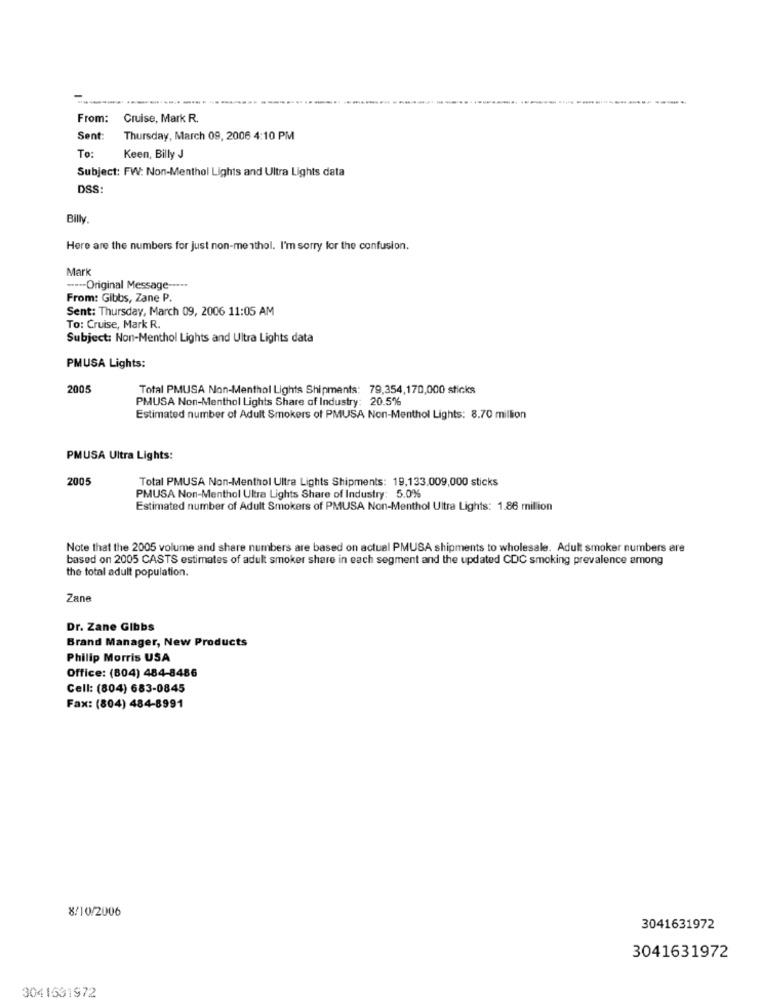
From:
Cruise, Mark R.
Sent:
Thursday, March 09, 2006 4:10 PM
To:
Keen, Billy J
Subject: FW: Non-Menthol Lights and Ultra Lights data
DSS
Billy
Here are the numbers for just non-menthol. I'm sorry for the confusion.
Mark
---- Original Message -....
From: Gibbs, Zane P.
Sent: Thursday, March 09, 2006 11:05 AM
To: Cruise, Mark R.
Subject: Non-Menthol Lights and Ultra Lights data
PMUSA Lights:
2005
Total PMUSA Non-Menthol Lights Shipments: 79,354,170,000 sticks
PMUSA Non-Menthol Lights Share of Industry: 20.5%
Estimated number of Adult Smokers of PMUSA Non-Menthol Lights: 8.70 million
PMUSA Ultra Lights:
2005
Total PMUSA Non-Menthol Ultra Lights Shipments: 19,133.009,000 sticks
PMUSA Non-Menthol Ultra Lights Share of Industry: 5.0%
Estimated number of Adult Smokers of PMUSA Non-Menthol Ultra Lights: 1.86 million
Note that the 2005 volume and share numbers are based on actual PMUSA shipments to wholesale. Adult smoker numbers are
based on 2005 CASTS estimates of adult smoker share in each segment and the updated CDC smoking prevalence among
the total adult population.
Zane
Dr. Zane Gibbs
Brand Manager, New Products
Philip Morris USA
Office: (804) 484-8486
Cell: (804) 683-0845
Fax: (804) 484-8991
8/10/2006
3041631972
3041631972
3041531972